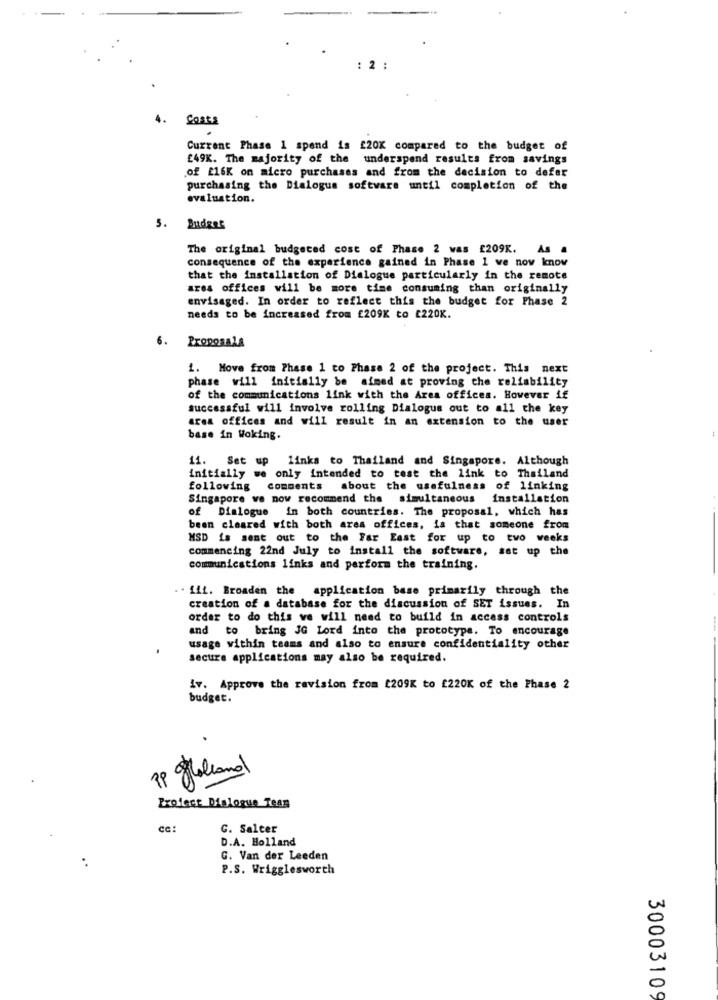
: 2 :
4.
Costs
Current Phase 1 spend is £20K compared to the budget of
£49K. The majority of the underspend results from savings
of £16K on micro purchases and from the decision to defer
purchasing the Dialogue software until completion of the
evaluation.
5. Budget
The original budgeted cost of Phase 2 was £209K. As a
consequence of the experience gained in Phase 1 ve now know
that the installation of Dialogue particularly in the remote
area offices will be more time consuming than originally
envisaged. In order to reflect this the budget for Phase 2
needs to be increased from £209K to £220K.
6.
Proposals
1. Move from Phase 1 to Phase 2 of the project. This next
phase will initially be aimed at proving che reliability
of the communications link with the Area offices. However if
successful will involve rolling Dialogue out to all the key
area offices and will result in an extension to the user
base in Woking.
11. Set up
links to Thailand and Singapore. Although
initially we only intended to test the link to Thailand
following comments about the usefulness of linking
Singapore we now recommend the simultaneous installation
of Dialogue in both countries. The proposal, which has
been cleared with both ares offices, is that someone from
MSD is sent out to the Far East for up to two weeks
commencing 22nd July to install the software, sat up the
communications links and perform the training.
iii. Broaden the application base primarily through the
creation of a database for the discussion of SET issues. In
order to do this we will need to build in access controls
to bring JG Lord into the prototype. To encourage
usage within teams and also to ensure confidentiality other
secure applications may also be required.
iv. Approve the revision from [209K to £220K of the Phase 2
budget.
.
19 Holland
Project Dialogue Team
ce:
G. Salter
D.A. Holland
G. Van der Leeden
P.S. Wrigglesworth
30003109